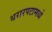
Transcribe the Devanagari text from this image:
थरारपटामध्ये